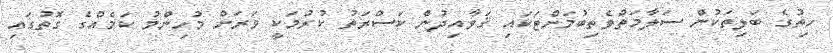
ހިތުގެ ބަލިތަކުން ސަލާމަތްވެތިބުމަށްޓަކައި ޤަވާއިދުން ކަސްރަތު ކުރުމަކީ ވަރަށް މުހިންމު ކަމެއްގެ ގޮތުގައި